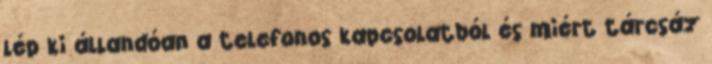
lép ki állandóan a telefonos kapcsolatból és miért tárcsáz